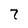
Character: 7